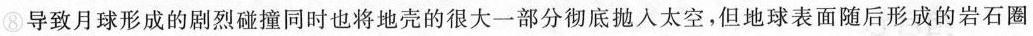
⑧导致月球形成的剧烈碰撞同时也将地壳的很大一部分彻底抛人太空，但地球表面随后形成的岩石圈